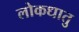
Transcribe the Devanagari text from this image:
लोकधातु